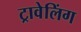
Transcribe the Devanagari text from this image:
ट्रावेलिंग